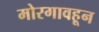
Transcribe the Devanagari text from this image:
मोरगावहून